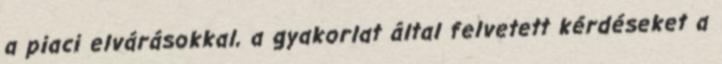
a piaci elvárásokkal, a gyakorlat által felvetett kérdéseket a